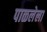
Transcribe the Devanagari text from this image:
पाळलेला